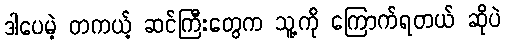
ဒါပေမဲ့ တကယ့် ဆင်ကြီးတွေက သူ့ကို ကြောက်ရတယ် ဆိုပဲ